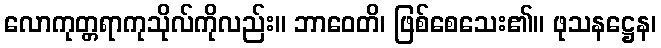
လောကုတ္တရာကုသိုလ်ကိုလည်း။ ဘာဝေတိ၊ ဖြစ်စေသေး၏။ ဖုသနဋ္ဌေန၊